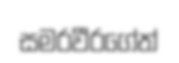
සමරවීරගේත්